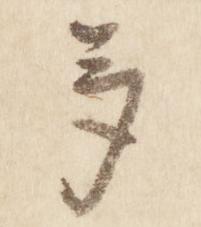
多